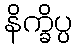
နိက္ခိပ္ပ